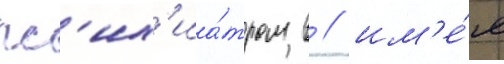
пс'их'иа́тром в / им'е́я